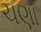
ચણા